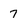
Character: 7